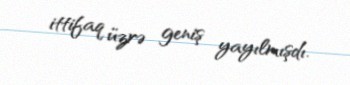
ittifaq üzrə geniş yayılmışdı.